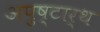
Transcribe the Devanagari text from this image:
अपुष्टार्थ